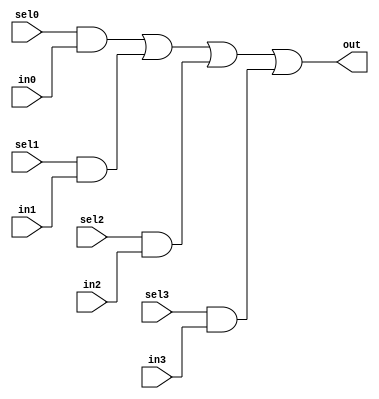
//#############################################################################
//# Function: 4-Input one-hot mux                                             #
//# Copyright: Lambda Project Authors. All rights Reserved.                   #
//# License:  MIT (see LICENSE file in Lambda repository)                     #
//#############################################################################

module la_dmux4 #(
    parameter PROP = "DEFAULT"  // cell property
) (
    input  sel3,
    input  sel2,
    input  sel1,
    input  sel0,
    input  in3,
    input  in2,
    input  in1,
    input  in0,
    output out
);

    assign out = (sel0 & in0) | (sel1 & in1) | (sel2 & in2) | (sel3 & in3);

endmodule